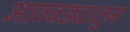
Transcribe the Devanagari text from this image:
आठवड्यातुन